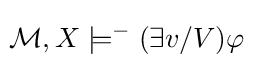
\!{\mathcal {M}},X\models ^{-}(\exists v/V)\varphi